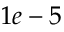
1 e - 5